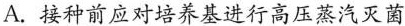
A.接种前应对培养基进行高压蒸汽灭菌